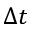
\Delta t